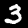
Digit: 3